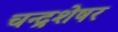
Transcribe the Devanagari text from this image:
चन्द्रशेषर